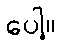
ပေါ့။